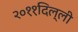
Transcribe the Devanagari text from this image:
२०११दिल्ली